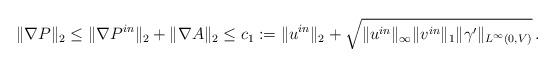
LaTeX: \begin{align*}\|\nabla P\|_2 \le \|\nabla P^{in}\|_2 + \|\nabla A\|_2 \le c_1 := \|u^{in}\|_2 + \sqrt{\|u^{in}\|_\infty \|v^{in}\|_1 \|\gamma'\|_{L^\infty(0,V)}}\,. \end{align*}